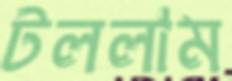
টললাম